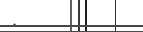
: